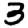
Digit: 3